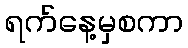
ရက်နေ့မှစကာ